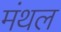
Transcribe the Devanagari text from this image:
मंथल